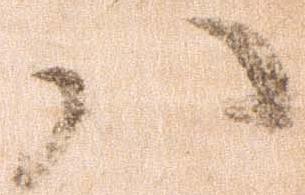
八